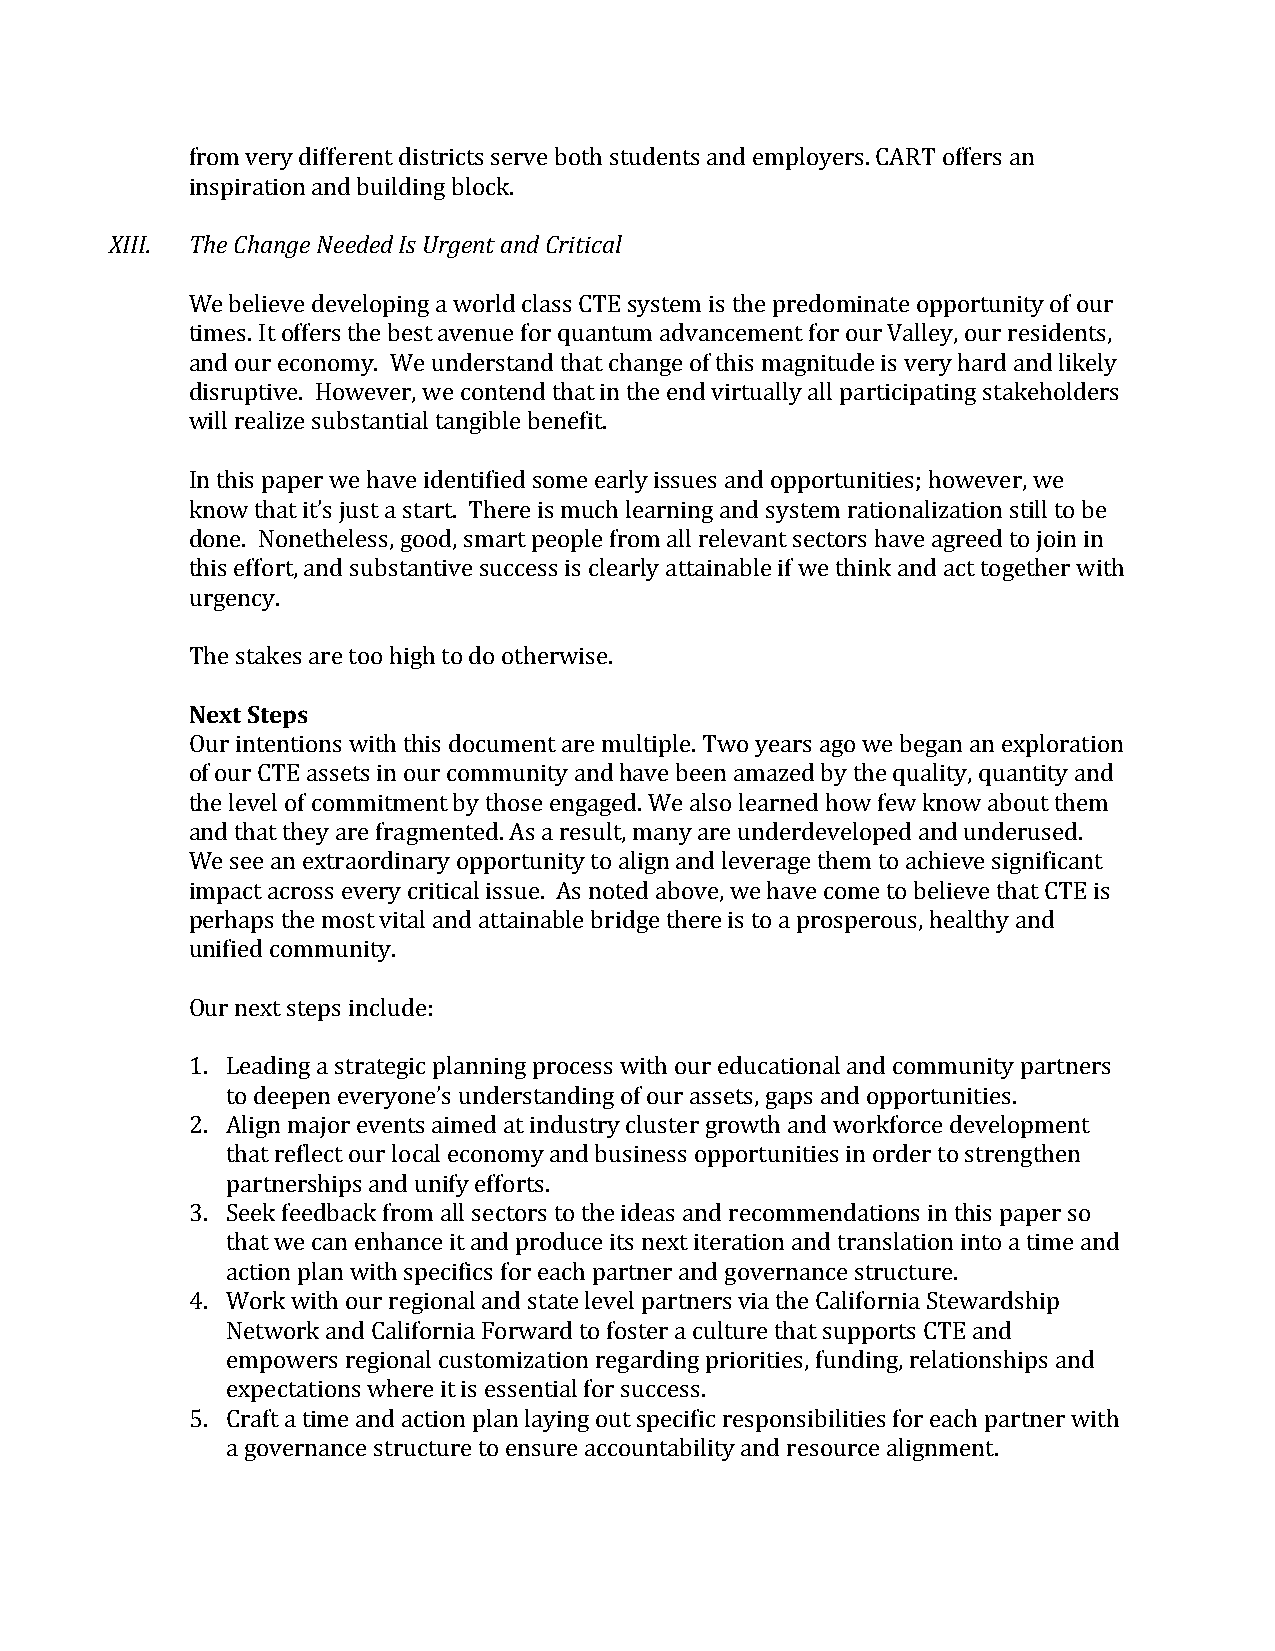
from very different districts serve both students and employers. CART offers an
 inspiration and building block.
 XIII. The Change Needed Is Urgent and Critical
 We believe developing a world class CTE system is the predominate opportunity of our
 times. It offers the best avenue for quantum advancement for our Valley, our residents,
 and our economy. We understand that change of this magnitude is very hard and likely
 disruptive. However, we contend that in the end virtually all participating stakeholders
 will realize substantial tangible benefit.
 In this paper we have identified some early issues and opportunities; however, we
 know that it’s just a start. There is much learning and system rationalization still to be
 done. Nonetheless, good, smart people from all relevant sectors have agreed to join in
 this effort, and substantive success is clearly attainable if we think and act together with
 urgency.
 The stakes are too high to do otherwise.
 Next Steps
 Our intentions with this document are multiple. Two years ago we began an exploration
 of our CTE assets in our community and have been amazed by the quality, quantity and
 the level of commitment by those engaged. We also learned how few know about them
 and that they are fragmented. As a result, many are underdeveloped and underused.
 We see an extraordinary opportunity to align and leverage them to achieve significant
 impact across every critical issue. As noted above, we have come to believe that CTE is
 perhaps the most vital and attainable bridge there is to a prosperous, healthy and
 unified community.
 Our next steps include:
 1. Leading a strategic planning process with our educational and community partners
 to deepen everyone’s understanding of our assets, gaps and opportunities.
 2. Align major events aimed at industry cluster growth and workforce development
 that reflect our local economy and business opportunities in order to strengthen
 partnerships and unify efforts.
 3. Seek feedback from all sectors to the ideas and recommendations in this paper so
 that we can enhance it and produce its next iteration and translation into a time and
 action plan with specifics for each partner and governance structure.
 4. Work with our regional and state level partners via the California Stewardship
 Network and California Forward to foster a culture that supports CTE and
 empowers regional customization regarding priorities, funding, relationships and
 expectations where it is essential for success.
 5. Craft a time and action plan laying out specific responsibilities for each partner with
 a governance structure to ensure accountability and resource alignment.